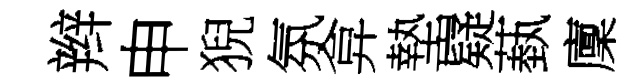
辫申猊氛弇墊嶷蓺廩